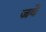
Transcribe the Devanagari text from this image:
जवें